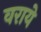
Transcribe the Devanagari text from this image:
वराये